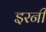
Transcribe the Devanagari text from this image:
इरनी